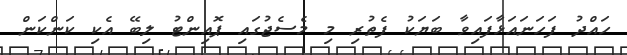
ހައްދު ފަހަނައަޅާފައިވާ ބަޔަކު ފެތުރި މި މެސެޖުގައި ޕޮއިންޓު ލިބޭ އެކި ކަންކަން